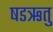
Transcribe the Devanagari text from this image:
षडऋतु